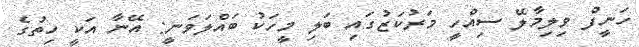
ހަނީފް ވިލިމާލޭ ސިއްހީ މަރުކަޒުގައި ބަލި މީހަކު ބައްލަވަނީ: އޭނާ އަކީ ހިތުގެ